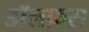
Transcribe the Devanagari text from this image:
डॉलफ़स